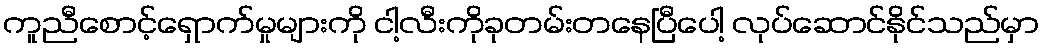
ကူညီစောင့်ရှောက်မှုများကို ငါ့လီးကိုခုတမ်းတနေပြီပေါ့ လုပ်ဆောင်နိုင်သည်မှာ